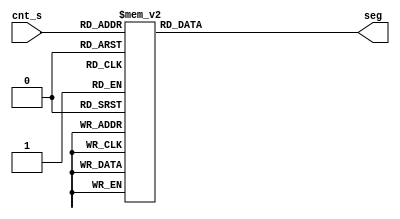
module led_s(
    input [5:0] cnt_s,
    output reg [13:0] seg
);

always @(cnt_s) begin
    case (cnt_s)
        0 : seg = 14'b0000001_0000001; // 00
        1 : seg = 14'b0000001_1001111; // 01
        2 : seg = 14'b0000001_0010010; // 02
        3 : seg = 14'b0000001_0000110; // 03
        4 : seg = 14'b0000001_1001100; // 04
        5 : seg = 14'b0000001_0100100; // 05
        6 : seg = 14'b0000001_0100000; // 06
        7 : seg = 14'b0000001_0001111; // 07
        8 : seg = 14'b0000001_0000000; // 08
        9 : seg = 14'b0000001_0000100; // 09
        10 : seg = 14'b1001111_0000001; // 10
        11 : seg = 14'b1001111_1001111; // 11
        12 : seg = 14'b1001111_0010010; // 12
        13 : seg = 14'b1001111_0000110; // 13
        14 : seg = 14'b1001111_1001100; // 14
        15 : seg = 14'b1001111_0100100; // 15
        16 : seg = 14'b1001111_0100000; // 16
        17 : seg = 14'b1001111_0001111; // 17
        18 : seg = 14'b1001111_0000000; // 18
        19 : seg = 14'b1001111_0000100; // 19
        20 : seg = 14'b0010010_0000001; // 20
        21 : seg = 14'b0010010_1001111; // 21
        22 : seg = 14'b0010010_0010010; // 22
        23 : seg = 14'b0010010_0000110; // 23
        24 : seg = 14'b0010010_1001100; // 24
        25 : seg = 14'b0010010_0100100; // 25
        26 : seg = 14'b0010010_0100000; // 26
        27 : seg = 14'b0010010_0001111; // 27
        28 : seg = 14'b0010010_0000000; // 28
        29 : seg = 14'b0010010_0000100; // 29
        30 : seg = 14'b0000110_0000001; // 30
        31 : seg = 14'b0000110_1001111; // 31
        32 : seg = 14'b0000110_0010010; // 32
        33 : seg = 14'b0000110_0000110; // 33
        34 : seg = 14'b0000110_1001100; // 34
        35 : seg = 14'b0000110_0100100; // 35
        36 : seg = 14'b0000110_0100000; // 36
        37 : seg = 14'b0000110_0001111; // 37
        38 : seg = 14'b0000110_0000000; // 38
        39 : seg = 14'b0000110_0000100; // 39
        40 : seg = 14'b1001100_0000001; // 40
        41 : seg = 14'b1001100_1001111; // 41
        42 : seg = 14'b1001100_0010010; // 42
        43 : seg = 14'b1001100_0000110; // 43
        44 : seg = 14'b1001100_1001100; // 44
        45 : seg = 14'b1001100_0100100; // 45
        46 : seg = 14'b1001100_0100000; // 46
        47 : seg = 14'b1001100_0001111; // 47
        48 : seg = 14'b1001100_0000000; // 48
        49 : seg = 14'b1001100_0000100; // 49
        50 : seg = 14'b0100100_0000001; // 50
        51 : seg = 14'b0100100_1001111; // 51
        52 : seg = 14'b0100100_0010010; // 52
        53 : seg = 14'b0100100_0000110; // 53
        54 : seg = 14'b0100100_1001100; // 54
        55 : seg = 14'b0100100_0100100; // 55
        56 : seg = 14'b0100100_0100000; // 56
        57 : seg = 14'b0100100_0001111; // 57
        58 : seg = 14'b0100100_0000000; // 58
        59 : seg = 14'b0100100_0000100; // 59
        default seg = 14'b0000000_0000000;  
        endcase
    end
endmodule

// module led_s (
//     input wire [7:0] in,
//     output reg [13:0] seg  
// );

// always @(in)
// begin
//     case (in)
//         8'b0000_0000 : seg = 14'b0000001_0000001; // 00
//         8'b0000_0001 : seg = 14'b0000001_1001111; // 01
//         8'b0000_0010 : seg = 14'b0000001_0010010; // 02
//         8'b0000_0011 : seg = 14'b0000001_0000110; // 03
//         8'b0000_0100 : seg = 14'b0000001_1001100; // 04
//         8'b0000_0101 : seg = 14'b0000001_0100100; // 05
//         8'b0000_0110 : seg = 14'b0000001_0100000; // 06
//         8'b0000_0111 : seg = 14'b0000001_0001111; // 07
//         8'b0000_1000 : seg = 14'b0000001_0000000; // 08
//         8'b0000_1001 : seg = 14'b0000001_0000100; // 09
//         8'b0001_0000 : seg = 14'b1001111_0000001; // 10
//         8'b0001_0001 : seg = 14'b1001111_1001111; // 11
//         8'b0001_0010 : seg = 14'b1001111_0010010; // 12
//         8'b0001_0011 : seg = 14'b1001111_0000110; // 13
//         8'b0001_0100 : seg = 14'b1001111_1001100; // 14
//         8'b0001_0101 : seg = 14'b1001111_0100100; // 15
//         8'b0001_0110 : seg = 14'b1001111_0100000; // 16
//         8'b0001_0111 : seg = 14'b1001111_0001111; // 17
//         8'b0001_1000 : seg = 14'b1001111_0000000; // 18
//         8'b0001_1001 : seg = 14'b1001111_0000100; // 19
//         8'b0010_0000 : seg = 14'b1001111_1110000; // 20
//         8'b0010_0001 : seg = 14'b1001111_1111000; // 21
//         8'b0010_0010 : seg = 14'b1001111_1000110; // 22
//         8'b0010_0011 : seg = 14'b1001111_0011001; // 23
//         8'b0010_0100 : seg = 14'b1001111_0110010; // 24
//         8'b0010_0101 : seg = 14'b1001111_1110010; // 25
//         8'b0010_0110 : seg = 14'b1001111_1000000; // 26
//         8'b0010_0111 : seg = 14'b1001111_1011000; // 27
//         8'b0010_1000 : seg = 14'b1001111_1001100; // 28
//         8'b0010_1001 : seg = 14'b1001111_1100010; // 29
//         8'b0010_1010 : seg = 14'b1001111_0110000; // 30
//         8'b0010_1011 : seg = 14'b1001111_1000000; // 31
//         8'b0010_1100 : seg = 14'b1001111_1001000; // 32
//         8'b0010_1101 : seg = 14'b1001111_1110000; // 33
//         8'b0010_1110 : seg = 14'b1001111_1001001; // 34
//         8'b0010_1111 : seg = 14'b1001111_1000010; // 35
//         8'b0011_0000 : seg = 14'b1001111_1100000; // 36
//         8'b0011_0001 : seg = 14'b1001111_1001001; // 37
//         8'b0011_0010 : seg = 14'b1001111_1000010; // 38
//         8'b0011_0011 : seg = 14'b1001111_1000110; // 39
//         8'b0011_0100 : seg = 14'b1001111_1101000; // 40
//         8'b0011_0101 : seg = 14'b1001111_0110000; // 41
//         8'b0011_0110 : seg = 14'b1001111_0110000; // 42
//         8'b0011_0111 : seg = 14'b1001111_1111111; // 43
//         8'b0011_1000 : seg = 14'b1001111_0110000; // 44
//         8'b0011_1001 : seg = 14'b1001111_0111000; // 45
//         8'b0011_1010 : seg = 14'b1001111_0000000; // 46
//         8'b0011_1011 : seg = 14'b1001111_1001100; // 47
//         8'b0011_1100 : seg = 14'b1001111_0100111; // 48
//         8'b0011_1101 : seg = 14'b1001111_1101111; // 49
//         8'b0011_1110 : seg = 14'b1001111_1110001; // 50
//         8'b0011_1111 : seg = 14'b1001111_1111001; // 51
//         8'b0100_0000 : seg = 14'b1001111_0111001; // 52
//         8'b0100_0001 : seg = 14'b1001111_1011111; // 53
//         8'b0100_0010 : seg = 14'b1001111_0010001; // 54
//         8'b0100_0011 : seg = 14'b1001111_0111001; // 55
//         8'b0100_0100 : seg = 14'b1001111_1011011; // 56
//         8'b0100_0101 : seg = 14'b1001111_1010001; // 57
//         8'b0100_0110 : seg = 14'b1001111_1010011; // 58
//         8'b0100_0111 : seg = 14'b1001111_0011111; // 59
//         default : seg = 14'b1111111_1111111; 
//     endcase
// end
// endmodule

// module count_s(
//     input set_s,
//     input clk,
//     output reg [5:0] cnt_s
// );

//     parameter n = 59;
//     always @(posedge clk or negedge set_s) begin
//         if(~set_s) cnt_s <= 0;
//         else begin
//             if (cnt_s == n) begin
//                 cnt_s <= 0; 
//             end
//             else
//             cnt_s <= cnt_s + 1;
//         end
//     end
// endmodule